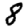
Digit: 8